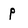
Character: p